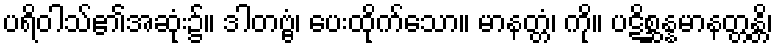
ပရိဝါသ်၏အဆုံး၌။ ဒါတဗ္ဗံ၊ ပေးထိုက်သော။ မာနတ္တံ၊ ကို။ ပဋိစ္ဆန္နမာနတ္တန္တိ၊